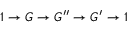
1 \to G \to G ^ { \prime \prime } \to G ^ { \prime } \to 1